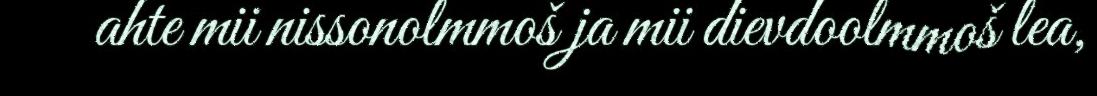
ahte mii nissonolmmoš ja mii dievdoolmmoš lea,